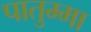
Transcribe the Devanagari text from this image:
पातुम्मा